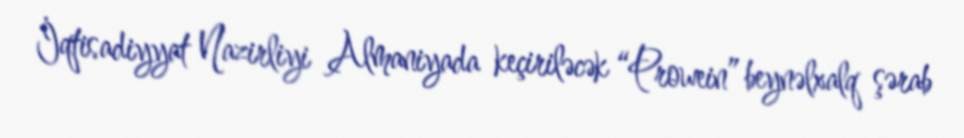
İqtisadiyyat Nazirliyi Almaniyada keçiriləcək “Prowein” beynəlxalq şərab